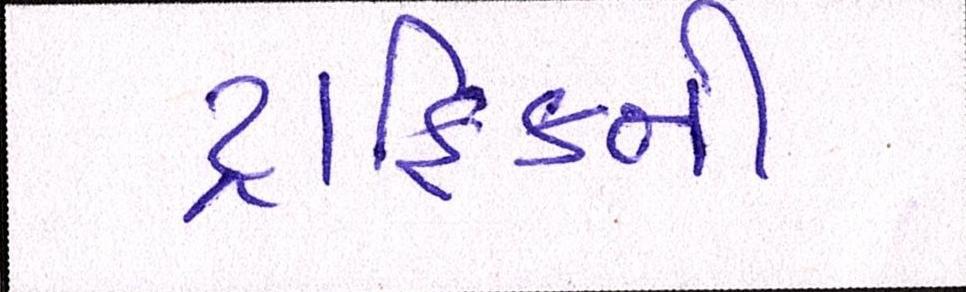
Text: ટ્રાફિકની